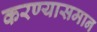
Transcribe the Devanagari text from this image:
करण्यासमान